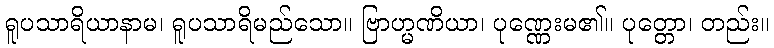
ရူပသာရိယာနာမ၊ ရူပသာရိမည်သော။ ဗြာဟ္မဏိယာ၊ ပုဏ္ဏေးမ၏။ ပုတ္တော၊ တည်း။